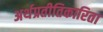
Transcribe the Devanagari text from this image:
अर्थप्रतीतिकारिता